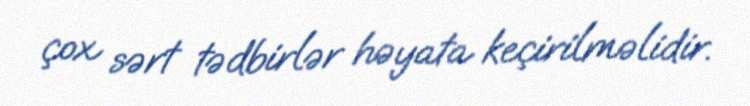
çox sərt tədbirlər həyata keçirilməlidir.